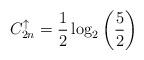
LaTeX: \begin{align*}C^{\uparrow}_{2n} = \frac{1}{2}\log_2\left(\frac{5}{2}\right)\end{align*}